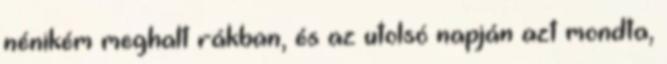
nénikém meghalt rákban, és az utolsó napján azt mondta,